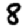
Digit: 8